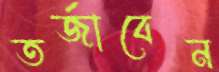
তর্জাবেন